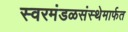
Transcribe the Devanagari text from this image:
स्वरमंडळसंस्थेमार्फत